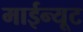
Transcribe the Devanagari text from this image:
माईन्यूट